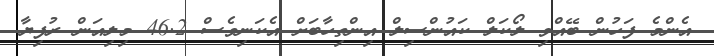
އެންމެ ފަހުން ބޭއްވި ލޯކަލް ކައުންސިލް އިންތިހާބަށް އެކަނިވެސް 46.2 މިލިއަން ރުފިޔާ